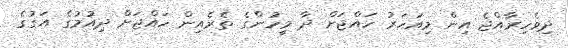
ދިވެހިރާއްޖެ އިން މިއަހަރު ހައްޖަށް ދާ މީހުންގެ ތެރެއިން ހައްޖަށް ދިއުމުގެ އަގުގެ